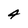
Character: 4